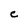
Character: C